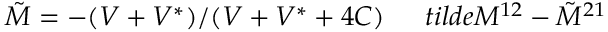
\tilde { M } = - ( V + V ^ { * } ) / ( V + V ^ { * } + 4 C ) \ \ \ \ \, t i l d e { M } ^ { 1 2 } - \tilde { M } ^ { 2 1 }